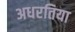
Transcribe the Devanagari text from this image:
अधरतिया